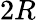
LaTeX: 2R